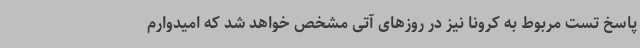
پاسخ تست مربوط به کرونا نیز در روزهای آتی مشخص خواهد شد که امیدوارم